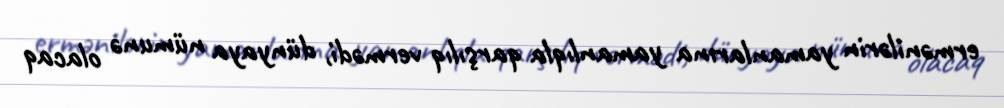
ermənilərin yamanlarına yamanlıqla qarşılıq vermədi, dünyaya nümunə olacaq